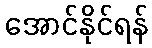
အောင်နိုင်ရန်